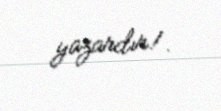
yazardır!.